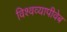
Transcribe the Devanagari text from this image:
विश्वव्यापीवेब